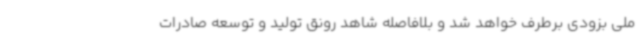
ملی بزودی برطرف خواهد شد و بلافاصله شاهد رونق تولید و توسعه صادرات